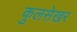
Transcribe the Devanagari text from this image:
कुलसेखर